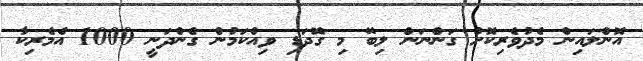
އޮންލައިން މެދުވެރިކޮށް ގަންނަން ލިބޭ މި ގޮދަޑި ވިއްކަމުން ގެންދަނީ 1000 އެމެރިކާ